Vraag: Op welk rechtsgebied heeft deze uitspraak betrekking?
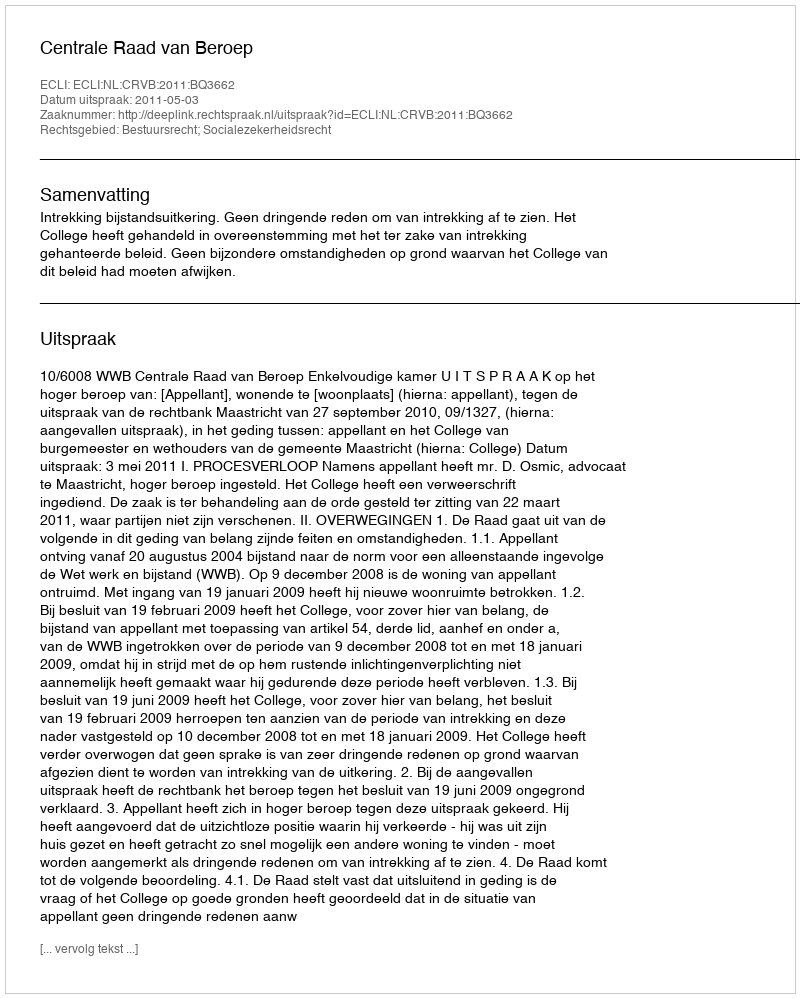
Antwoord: Bestuursrecht; Socialezekerheidsrecht